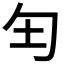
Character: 𫧀